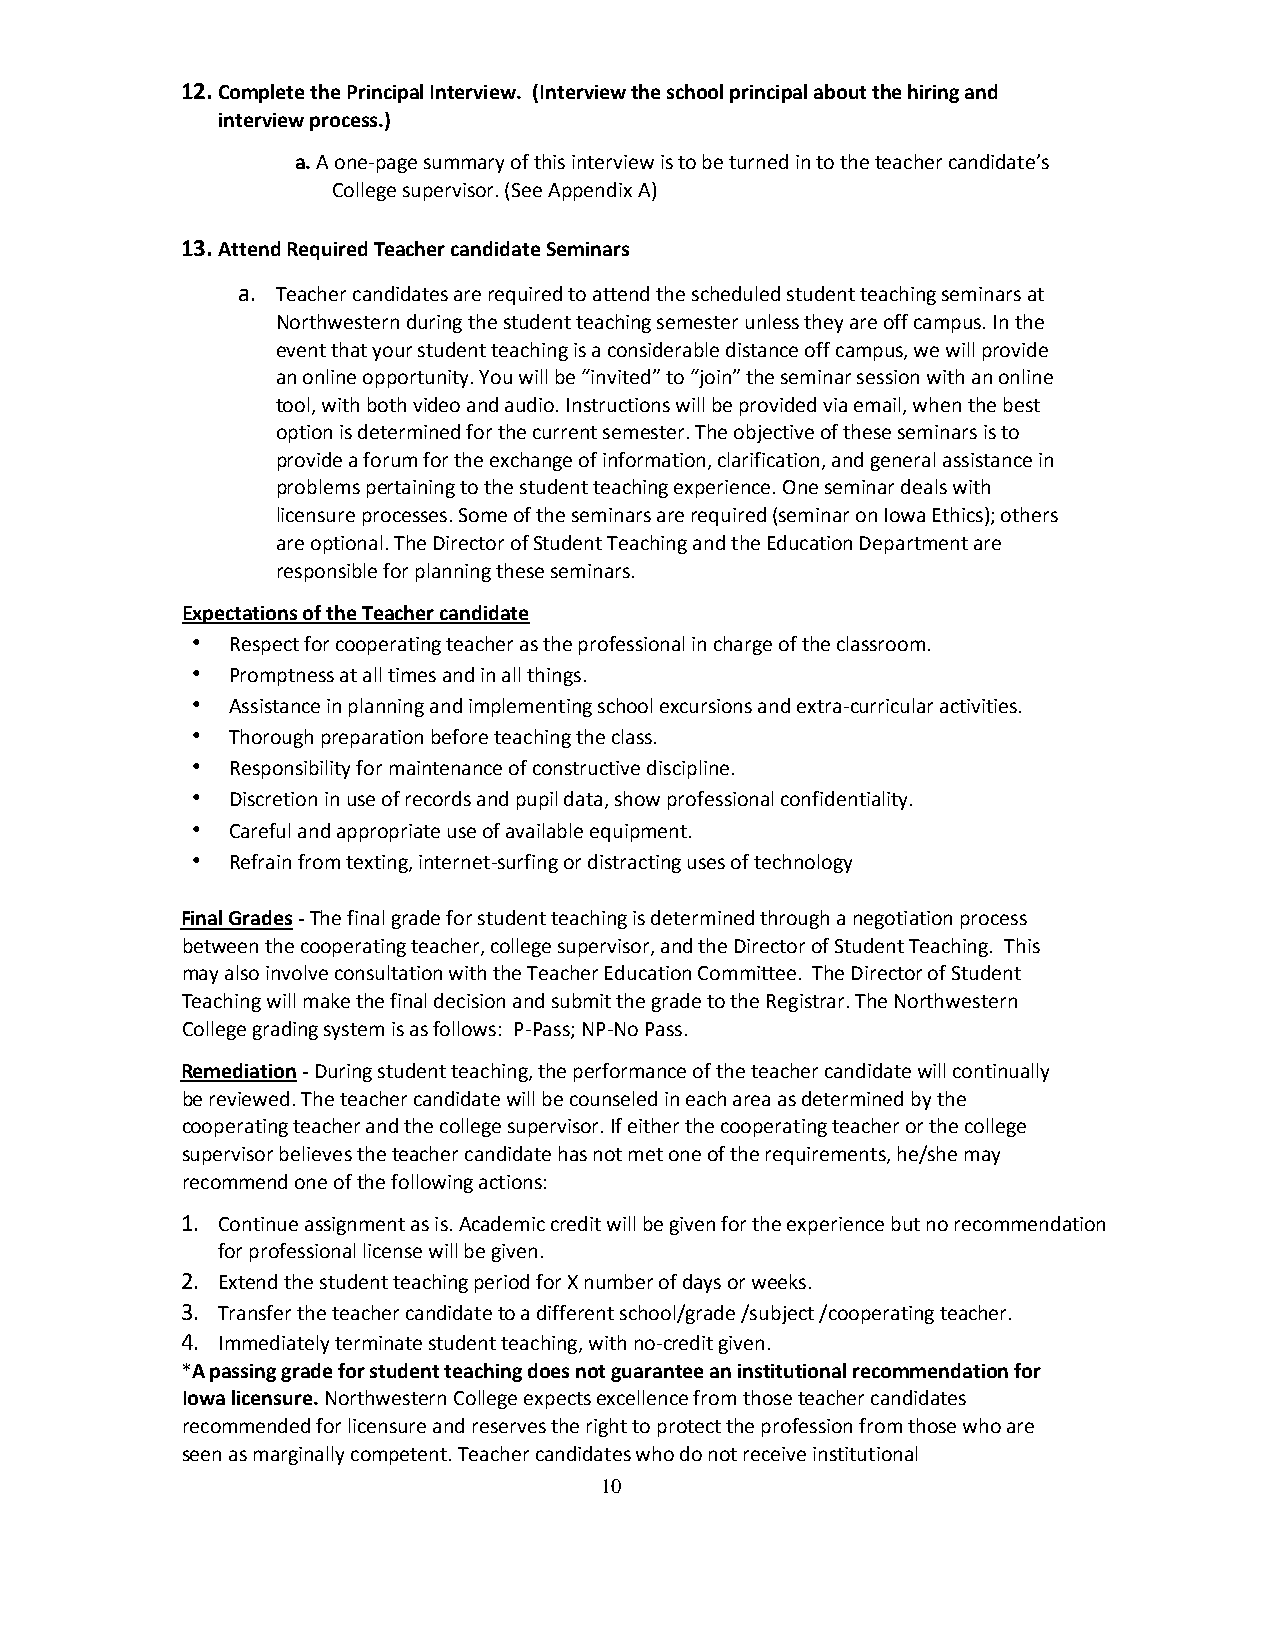
12. Complete the Principal Interview. (Interview the school principal about the hiring and
 interview process.)
 a. A one-page summary of this interview is to be turned in to the teacher candidate’s
 College supervisor. (See Appendix A)
 13. Attend Required Teacher candidate Seminars
 a. Teacher candidates are required to attend the scheduled student teaching seminars at
 Northwestern during the student teaching semester unless they are off campus. In the
 event that your student teaching is a considerable distance off campus, we will provide
 an online opportunity. You will be “invited” to “join” the seminar session with an online
 tool, with both video and audio. Instructions will be provided via email, when the best
 option is determined for the current semester. The objective of these seminars is to
 provide a forum for the exchange of information, clarification, and general assistance in
 problems pertaining to the student teaching experience. One seminar deals with
 licensure processes. Some of the seminars are required (seminar on Iowa Ethics); others
 are optional. The Director of Student Teaching and the Education Department are
 responsible for planning these seminars.
 Expectations of the Teacher candidate
 • Respect for cooperating teacher as the professional in charge of the classroom.
 • Promptness at all times and in all things.
 • Assistance in planning and implementing school excursions and extra-curricular activities.
 • Thorough preparation before teaching the class.
 • Responsibility for maintenance of constructive discipline.
 • Discretion in use of records and pupil data, show professional confidentiality.
 • Careful and appropriate use of available equipment.
 • Refrain from texting, internet-surfing or distracting uses of technology
 Final Grades - The final grade for student teaching is determined through a negotiation process
 between the cooperating teacher, college supervisor, and the Director of Student Teaching. This
 may also involve consultation with the Teacher Education Committee. The Director of Student
 Teaching will make the final decision and submit the grade to the Registrar. The Northwestern
 College grading system is as follows: P-Pass; NP-No Pass.
 Remediation - During student teaching, the performance of the teacher candidate will continually
 be reviewed. The teacher candidate will be counseled in each area as determined by the
 cooperating teacher and the college supervisor. If either the cooperating teacher or the college
 supervisor believes the teacher candidate has not met one of the requirements, he/she may
 recommend one of the following actions:
 1. Continue assignment as is. Academic credit will be given for the experience but no recommendation
 for professional license will be given.
 2. Extend the student teaching period for X number of days or weeks.
 3. Transfer the teacher candidate to a different school/grade /subject /cooperating teacher.
 4. Immediately terminate student teaching, with no-credit given.
 *A passing grade for student teaching does not guarantee an institutional recommendation for
 Iowa licensure. Northwestern College expects excellence from those teacher candidates
 recommended for licensure and reserves the right to protect the profession from those who are
 seen as marginally competent. Teacher candidates who do not receive institutional
 10